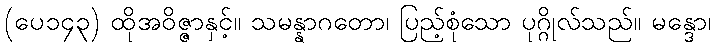
(ပေ၁၄၃) ထိုအဝိဇ္ဇာနှင့်။ သမန္နာဂတော၊ ပြည့်စုံသော ပုဂ္ဂိုလ်သည်။ မန္ဒော၊